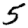
Digit: 5